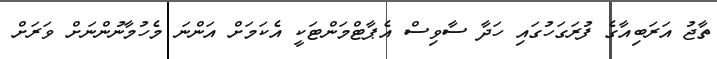
ތާޖު އަރަބިއާގެ ފުރަގަހުގައި ހަދާ ސާވިސް އެޕާޓްމަންޓަކީ އެކަމަށް އަންނަ މެހުމާނުންނަށް ވަރަށް